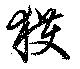
獲